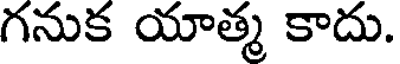
గనుక యాత్మ కాదు.